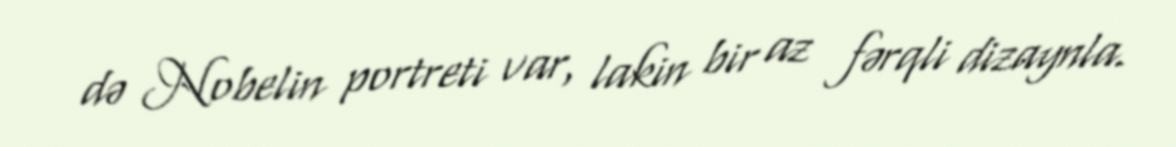
də Nobelin portreti var, lakin bir az fərqli dizaynla.